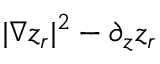
| \nabla z _ { r } | ^ { 2 } - \partial _ { z } z _ { r }